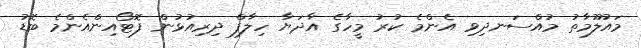
މައުލޫމާތު މުއްސަނދިވި އެންމެ ކުރު މީހާގެ އާދަޔާ ހިލާފް ދިރިއުޅުން ފޮޓޯއިންއެންމެ ބޮޑު